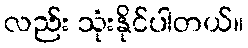
လည်း သုံးနိုင်ပါတယ်။